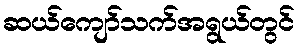
ဆယ်ကျော်သက်အရွယ်တွင်